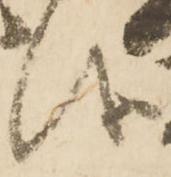
儀